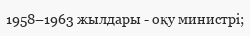
1958–1963 жылдары - oқу министрі;